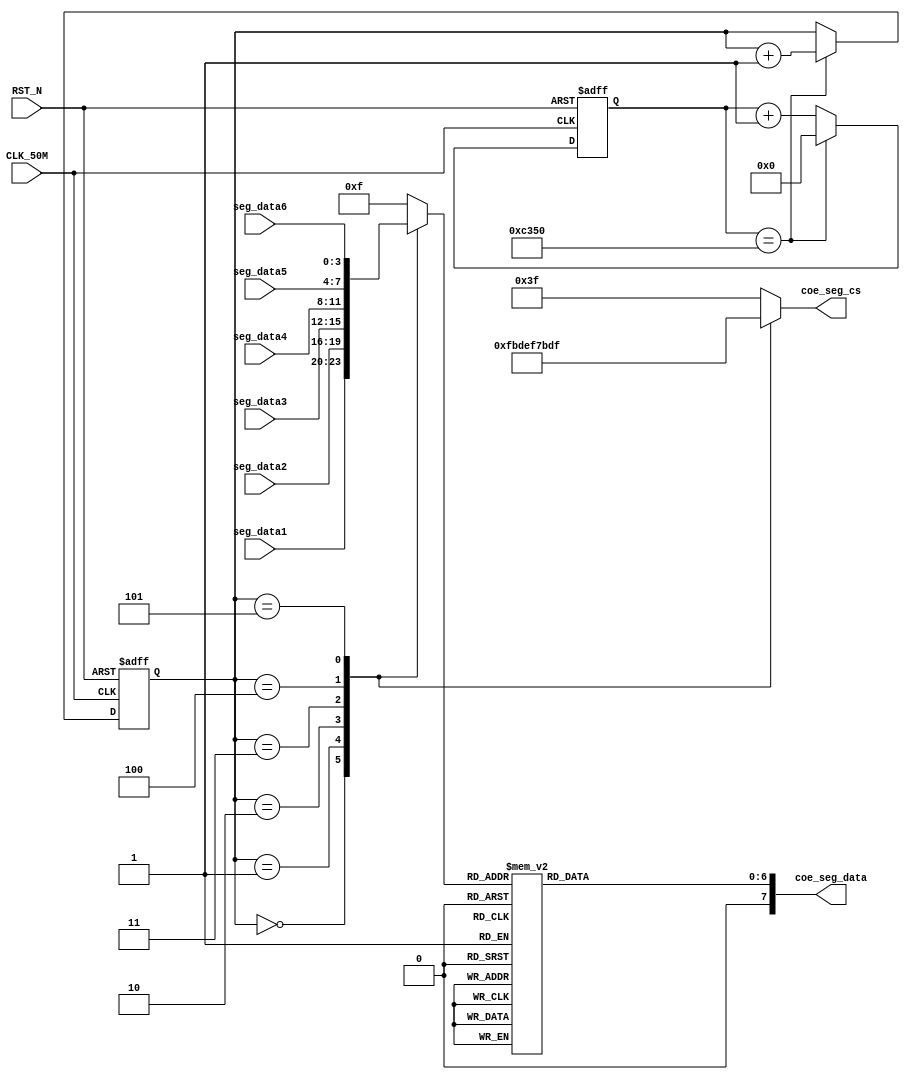
//---------------------------------------------------------------------------
//--			:	Segled_Module.v
//--			:	ZIRCON
//--			:	
//--		:	2014-1-1
//---------------------------------------------------------------------------
module zircon_segled_logic
(	
	// 
	CLK_50M,RST_N,
	//
	seg_data1,seg_data2,seg_data3,seg_data4,seg_data5,seg_data6,
	//
	coe_seg_data,coe_seg_cs
);
	
//---------------------------------------------------------------------------
//--	
//---------------------------------------------------------------------------
input 					CLK_50M;				//
input					RST_N;					//
input	 	[ 3:0]		seg_data6;				//5
input	 	[ 3:0]		seg_data5;				//4
input	 	[ 3:0]		seg_data4;				//3
input	 	[ 3:0]		seg_data3;				//2
input	 	[ 3:0]		seg_data2;				//1
input	 	[ 3:0]		seg_data1;				//0
output reg 	[ 5:0] 		coe_seg_cs;				//
output reg 	[ 7:0] 		coe_seg_data;			//

//---------------------------------------------------------------------------
//--	
//---------------------------------------------------------------------------
reg			[15:0]		time_cnt;				//
reg			[15:0]		time_cnt_n;				//time_cnt
reg			[ 2:0]		led_cnt;				//
reg			[ 2:0]		led_cnt_n;				//led_cnt
reg 		[ 3:0]		led_data;				//

//---------------------------------------------------------------------------
//--		
//---------------------------------------------------------------------------
//,time_cnt
always @ (posedge CLK_50M or negedge RST_N)  
begin
	if(!RST_N)									//
		time_cnt <= 16'h0;						//time_cnt
	else
		time_cnt <= time_cnt_n;					//time_cnt
end

//,10ms
always @ (*)  
begin
	if(time_cnt == 16'd50_000)					//10ms
		time_cnt_n = 16'h0;						//10ms,
	else
		time_cnt_n = time_cnt + 27'h1;			//10ms,
end

//,led_cnt
always @ (posedge CLK_50M or negedge RST_N)  
begin
	if(!RST_N)									//
		led_cnt <= 3'b000;						//led_cnt
	else
		led_cnt <= led_cnt_n;					//led_cnt
end

//,,
always @ (*)  
begin
	if(time_cnt == 16'd50_000)					//10ms		
		led_cnt_n = led_cnt + 1'b1;				//10ms,
	else
		led_cnt_n = led_cnt;					//10ms,
end

//,,
always @ (*)
begin
	case(led_cnt)
		0 : led_data = seg_data1;				//0
		1 : led_data = seg_data2;				//1
		2 : led_data = seg_data3;				//2
		3 : led_data = seg_data4;				//3
		4 : led_data = seg_data5;				//4
		5 : led_data = seg_data6;				//5
		default: led_data = 4'hF;				//F
	endcase
end

//,
always @ (*)
begin
	case (led_cnt)  
		0 : coe_seg_cs = 6'b111110; 			//0,SEG1
		1 : coe_seg_cs = 6'b111101;  			//1,SEG2
		2 : coe_seg_cs = 6'b111011; 			//2,SEG3
		3 : coe_seg_cs = 6'b110111; 			//3,SEG4
		4 : coe_seg_cs = 6'b101111;				//4,SEG5
		5 : coe_seg_cs = 6'b011111;				//5,SEG6
		default : coe_seg_cs = 6'b111111;		//	
	endcase 	
end

//,
always @ (*)
begin
	case (led_cnt)  
		0 : coe_seg_data[7] = 1'b0;  			//SEG1
		1 : coe_seg_data[7] = 1'b0;	  			//SEG2
		2 : coe_seg_data[7] = 1'b0; 			//SEG3
		3 : coe_seg_data[7] = 1'b0;  			//SEG4
		4 : coe_seg_data[7] = 1'b0; 			//SEG5
		5 : coe_seg_data[7] = 1'b0; 			//SEG6
		default : coe_seg_data[7] = 1'b0;		//
	endcase 	
end

//,
always @ (*)
begin
  case(led_data)
		0  : coe_seg_data[6:0] = 7'b0111111;	// "0"
		1  : coe_seg_data[6:0] = 7'b0000110;	// "1"
		2  : coe_seg_data[6:0] = 7'b1011011;	// "2"
		3  : coe_seg_data[6:0] = 7'b1001111;	// "3"
		4  : coe_seg_data[6:0] = 7'b1100110;	// "4"
		5  : coe_seg_data[6:0] = 7'b1101101;	// "5"
		6  : coe_seg_data[6:0] = 7'b1111101;	// "6"
		7  : coe_seg_data[6:0] = 7'b0000111;	// "7"
		8  : coe_seg_data[6:0] = 7'b1111111;	// "8"
		9  : coe_seg_data[6:0] = 7'b1101111;  	// "9"
		10 : coe_seg_data[6:0] = 7'b1110111;	// "A"
		11 : coe_seg_data[6:0] = 7'b1111100;	// "B"
		12 : coe_seg_data[6:0] = 7'b1011000;	// "C"
		13 : coe_seg_data[6:0] = 7'b1011110;	// "D"
		14 : coe_seg_data[6:0] = 7'b1111001;	// "E"
		15 : coe_seg_data[6:0] = 7'b0000000;	// "F"
		default :coe_seg_data[6:0] = 7'b0111111;// "0"
  endcase
end

endmodule